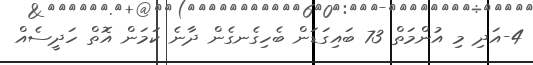
4-އަދި މި އުންމަތް 73 ބައިގަޑަން ބެހިގެނގެން ދާނެ ކަމަން އޮތް ހަދީސެއް